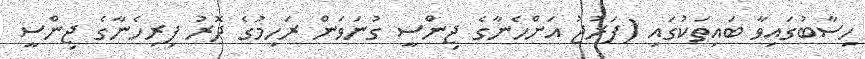
ހިސާބުގައިވާ ބައިތަކުގައި (ފަރުޖު އަންހެނާގެ ޖިންސީ ގުނަވަން ރަހިމުގެ ދޮރު ފިރިހެނާގެ ޖިންސީ